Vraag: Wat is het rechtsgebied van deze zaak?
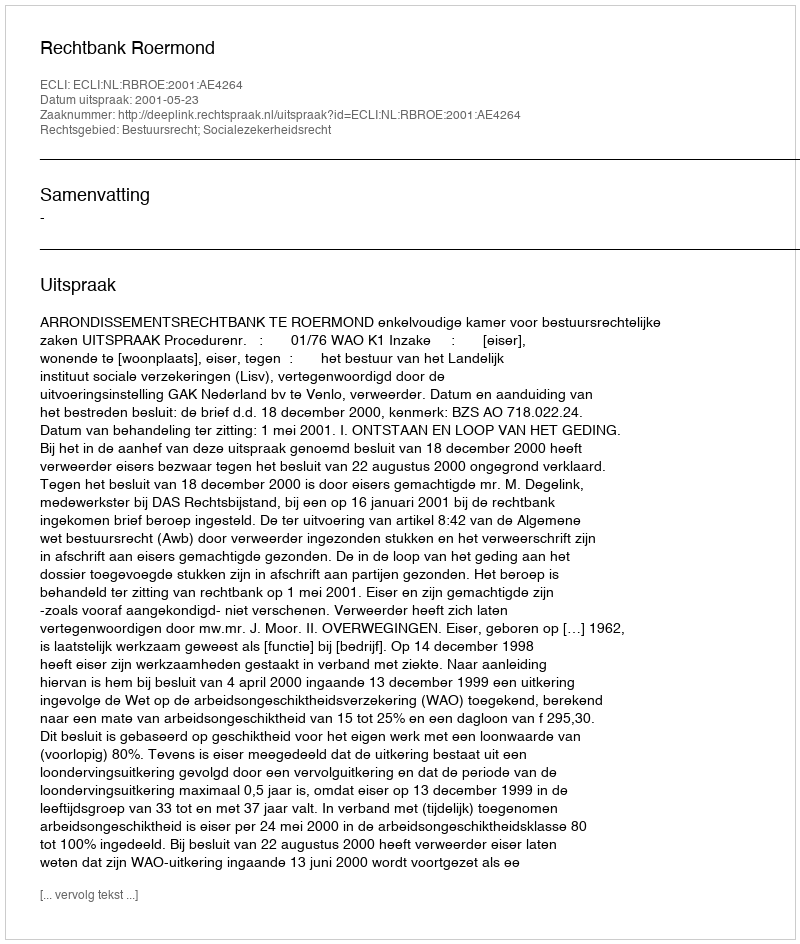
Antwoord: Bestuursrecht; Socialezekerheidsrecht